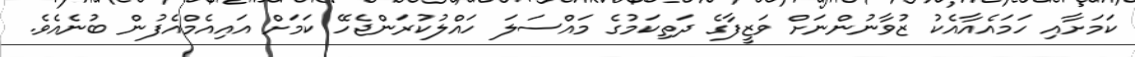
ކަމަށާއި ހަމައެއާއެކު ޒުވާނުންނަށް ވަޒީފާގެ ދަތިކަމުގެ މައްސަލަ ހައްލުކުރަންޖެހޭ ކަމަށް އައިއެމްއެފުން ބުނެއެވެ.